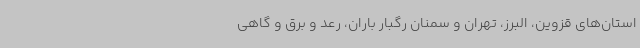
استان‌های قزوین، البرز، تهران و سمنان رگبار باران، رعد و برق و گاهی